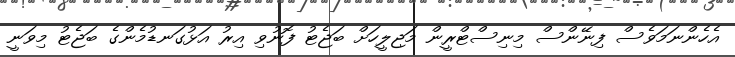
އެހެންނަމަވެސް ފިނޭންސް މިނިސްޓްރީން މަޖިލީހަށް ބަޖެޓު ފޮނުވި އިރު އަޅުގަނޑުމެންގެ ބަޖެޓު މިވަނީ